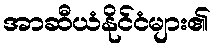
အာဆီယံနိုင်ငံများ၏